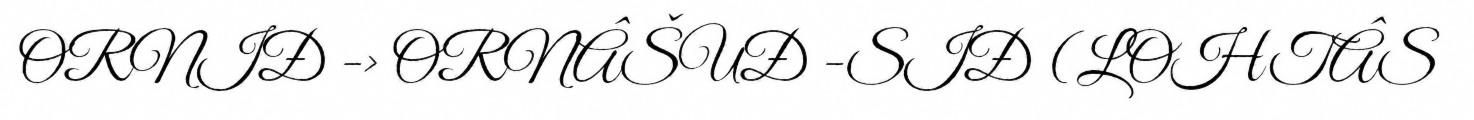
ORNIĐ -> ORNÂŠUĐ -SIĐ (LOHTÂS